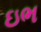
ઇભ